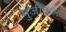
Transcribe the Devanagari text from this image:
मुजीकल